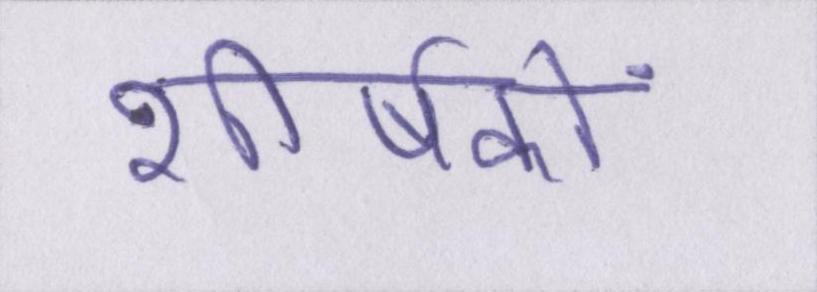
शीर्षकों